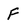
Character: f